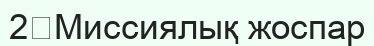
2	Миссиялық жоспар